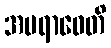
အပရာဓေတိ